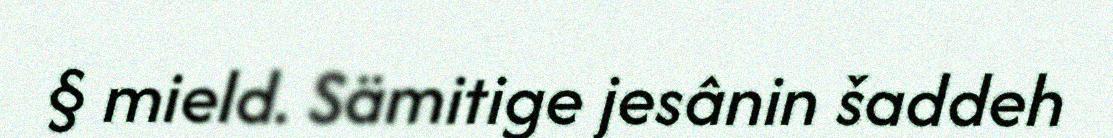
§ mield. Sämitige jesânin šaddeh